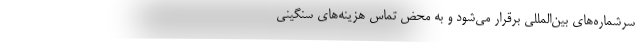
سرشماره‌های بین‌المللی برقرار می‌شود و به محض تماس هزینه‌های سنگینی